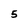
Character: 5